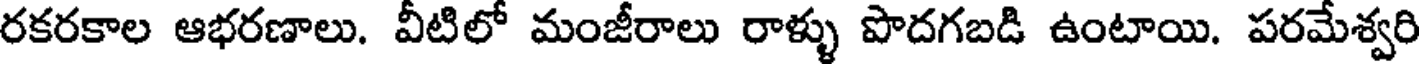
రకరకాల ఆభరణాలు. వీటిలో మంజీరాలు రాళ్ళు పొదగబడి ఉంటాయి. పరమేశ్వరి